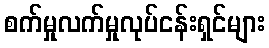
စက်မှုလက်မှုလုပ်ငန်းရှင်များ